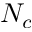
N _ { c }